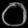
Digit: ၀